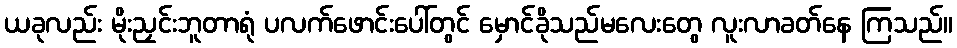
ယခုလည်း မိုးညှင်းဘူတာရုံ ပလက်ဖောင်းပေါ်တွင် မှောင်ခိုသည်မလေးတွေ လူးလာခတ်နေ ကြသည်။